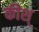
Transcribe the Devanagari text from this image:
कीश्